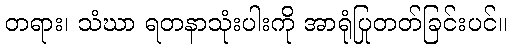
တရား၊ သံဃာ ရတနာသုံးပါးကို အာရုံပြုတတ်ခြင်းပင်။